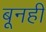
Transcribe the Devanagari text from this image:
बूनही